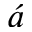
\acute { a }